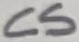
Text: C5